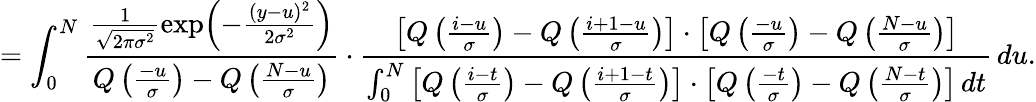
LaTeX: =\int_{0}^{N}\frac{\frac{1}{\sqrt{2\pi\sigma^{2}}}\exp\Bigl(-\frac{(y-u)^{2}}{2\sigma^{2}}\Bigr)}{Q\left(\frac{-u}{\sigma}\right)-Q\left(\frac{N-u}{\sigma}\right)}\cdot\frac{\left[Q\left(\frac{i-u}{\sigma}\right)-Q\left(\frac{i+1-u}{\sigma}\right)\right]\cdot\left[Q\left(\frac{-u}{\sigma}\right)-Q\left(\frac{N-u}{\sigma}\right)\right]}{\int_{0}^{N}\left[Q\left(\frac{i-t}{\sigma}\right)-Q\left(\frac{i+1-t}{\sigma}\right)\right]\cdot\left[Q\left(\frac{-t}{\sigma}\right)-Q\left(\frac{N-t}{\sigma}\right)\right]\, dt}\, du.